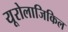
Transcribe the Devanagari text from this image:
यूरोलाजिकिल